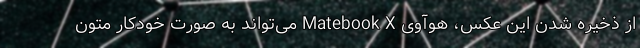
از ذخیره شدن این عکس، هوآوی Matebook X می‌تواند به صورت خودکار متون